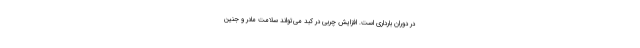
در دوران بارداری است. افزایش چربی در کبد می‌تواند سلامت مادر و جنین